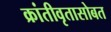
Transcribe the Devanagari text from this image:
क्रांतीवृतासोबत